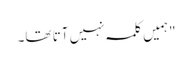
"ہمیں کلمہ نہیں آتا تھا۔